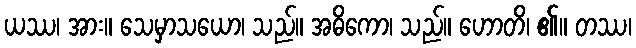
ယဿ၊ အား။ သေမှာသယော၊ သည်။ အဓိကော၊ သည်။ ဟောတိ၊ ၏။ တဿ၊